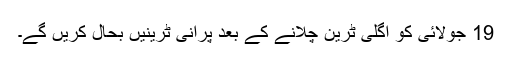
19 جولائی کو اگلی ٹرین چلانے کے بعد پرانی ٹرینیں بحال کریں گے۔